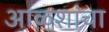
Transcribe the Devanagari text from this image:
आळशांचा